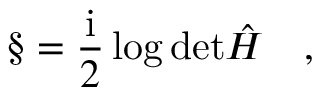
\S = \frac { \mathrm { i } } { 2 } \log \mathrm { d e t } { \hat { H } } \quad ,